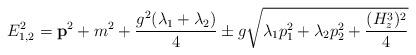
LaTeX: \begin{align*}E^2_{1,2}={\bf p}^2 + m^2 +\frac{g^2(\lambda_1+\lambda_2)}{4} \pm g\sqrt{\lambda_1 p^2_1+\lambda_2p^2_2+\frac{(H^3_z)^2}{4}}\end{align*}